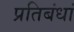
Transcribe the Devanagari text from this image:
प्रतिबंधां